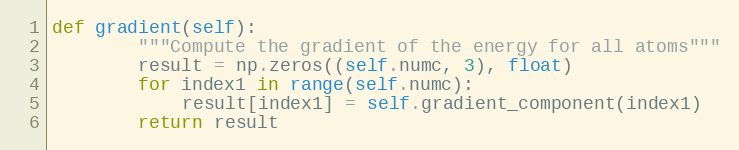
Language: Python
def gradient(self):
        """Compute the gradient of the energy for all atoms"""
        result = np.zeros((self.numc, 3), float)
        for index1 in range(self.numc):
            result[index1] = self.gradient_component(index1)
        return result